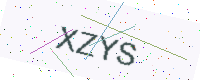
Text: XZYS